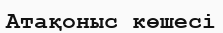
Атақоныс көшесі